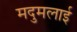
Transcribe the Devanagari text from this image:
मदुमलाई